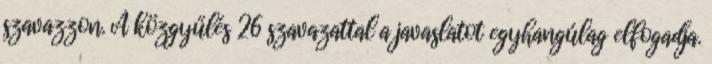
szavazzon. A közgyűlés 26 szavazattal a javaslatot egyhangúlag elfogadja.